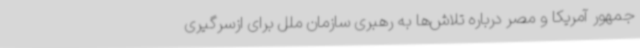
جمهور آمریکا و مصر درباره تلاش‌ها به رهبری سازمان ملل برای ازسرگیری